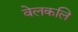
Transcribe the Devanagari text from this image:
वेलकलि